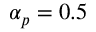
\alpha _ { p } = 0 . 5